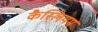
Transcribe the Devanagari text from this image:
कैस्लियम